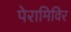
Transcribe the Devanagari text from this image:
पेरामिविर